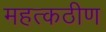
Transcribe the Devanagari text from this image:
महत्कठीण